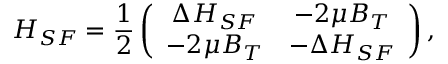
H _ { S F } = \frac { 1 } { 2 } \left( \begin{array} { c c } { { \Delta H _ { S F } } } & { { - 2 \mu B _ { T } } } \\ { { - 2 \mu B _ { T } } } & { { - \Delta H _ { S F } } } \end{array} \right) ,